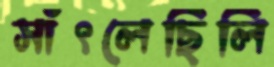
সাঁৎলেছিলি